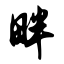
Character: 畔